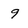
Character: 9